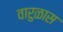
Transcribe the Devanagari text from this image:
वारुळास